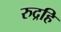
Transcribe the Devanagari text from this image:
रुद्रहि